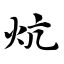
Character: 炕